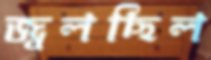
জ্বলছিল